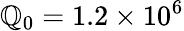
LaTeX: \mathbb{Q}_{0}=1.2\times10^{6}